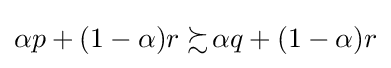
\alpha p+(1-\alpha )r\succsim \!\alpha q+(1-\alpha )r